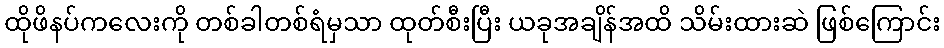
ထိုဖိနပ်ကလေးကို တစ်ခါတစ်ရံမှသာ ထုတ်စီးပြီး ယခုအချိန်အထိ သိမ်းထားဆဲ ဖြစ်ကြောင်း